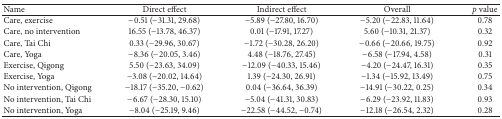
<table><thead><tr><td><b>Name</b></td><td><b>Direct effect</b></td><td><b>Indirect effect</b></td><td><b>Overall</b></td><td><b><i>p</i> value</b></td></tr></thead><tbody><tr><td>Care, exercise</td><td>−0.51 (−31.31, 29.68)</td><td>−5.89 (−27.80, 16.70)</td><td>−5.20 (−22.83, 11.64)</td><td>0.78</td></tr><tr><td>Care, no intervention</td><td>16.55 (−13.78, 46.37)</td><td>0.01 (−17.91, 17.27)</td><td>5.60 (−10.31, 21.37)</td><td>0.32</td></tr><tr><td>Care, Tai Chi</td><td>0.33 (−29.96, 30.67)</td><td>−1.72 (−30.28, 26.20)</td><td>−0.66 (−20.66, 19.75)</td><td>0.92</td></tr><tr><td>Care, Yoga</td><td>−8.36 (−20.05, 3.46)</td><td>4.48 (−18.76, 27.45)</td><td>−6.58 (−17.94, 4.58)</td><td>0.31</td></tr><tr><td>Exercise, Qigong</td><td>5.50 (−23.63, 34.09)</td><td>−12.09 (−40.33, 15.46)</td><td>−4.20 (−24.47, 16.31)</td><td>0.35</td></tr><tr><td>Exercise, Yoga</td><td>−3.08 (−20.02, 14.64)</td><td>1.39 (−24.30, 26.91)</td><td>−1.34 (−15.92, 13.49)</td><td>0.75</td></tr><tr><td>No intervention, Qigong</td><td>−18.17 (−35.20, −0.62)</td><td>0.04 (−36.64, 36.39)</td><td>−14.91 (−30.22, 0.25)</td><td>0.34</td></tr><tr><td>No intervention, Tai Chi</td><td>−6.67 (−28.30, 15.10)</td><td>−5.04 (−41.31, 30.83)</td><td>−6.29 (−23.92, 11.83)</td><td>0.93</td></tr><tr><td>No intervention, Yoga</td><td>−8.04 (−25.19, 9.46)</td><td>−22.58 (−44.52, −0.74)</td><td>−12.18 (−26.54, 2.32)</td><td>0.28</td></tr></tbody></table>